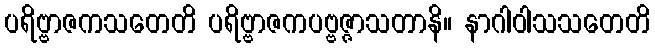
ပရိဗ္ဗာဇကသတေတိ ပရိဗ္ဗာဇကပဗ္ဗဇ္ဇာသတာနိ။ နာဂါဝါသသတေတိ